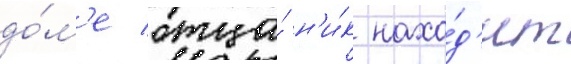
до́м'е отца́ н'и́к нахо́д'ит